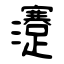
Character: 瀽